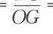
\(\frac{}{OG}=\)